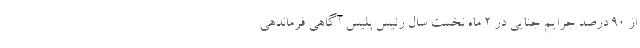
از ۹۰ درصد جرایم جنایی در ۲ ماه نخست سال رئیس پلیس آگاهی فرماندهی